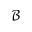
\mathcal { B }